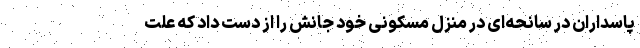
پاسداران در سانحه‌ای در منزل مسکونی خود جانش را از دست داد که علت